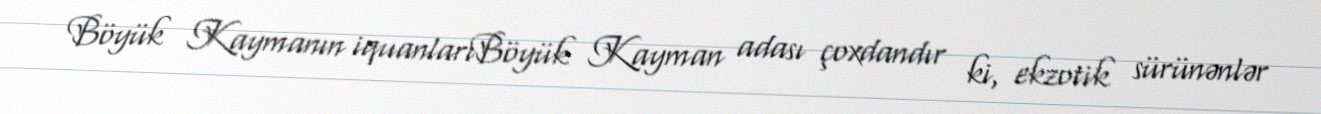
Böyük Kaymanın iquanlarıBöyük Kayman adası çoxdandır ki, ekzotik sürünənlər